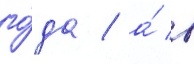
го́да / а́ в